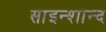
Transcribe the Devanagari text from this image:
साइन्शान्द